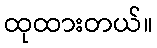
ထုထားတယ်။